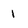
Character: 1